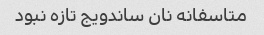
متاسفانه نان ساندویج تازه نبود